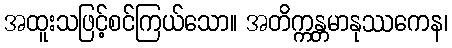
အထူးသဖြင့်စင်ကြယ်သော။ အတိက္ကန္တမာနုဿကေန၊